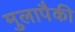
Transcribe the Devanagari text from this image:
मुलापैकी